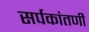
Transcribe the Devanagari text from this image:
सर्पकांतणी